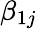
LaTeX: \beta_{1j}